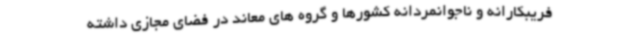
فریبکارانه و ناجوانمردانه کشورها و گروه های معاند در فضای مجازی داشته